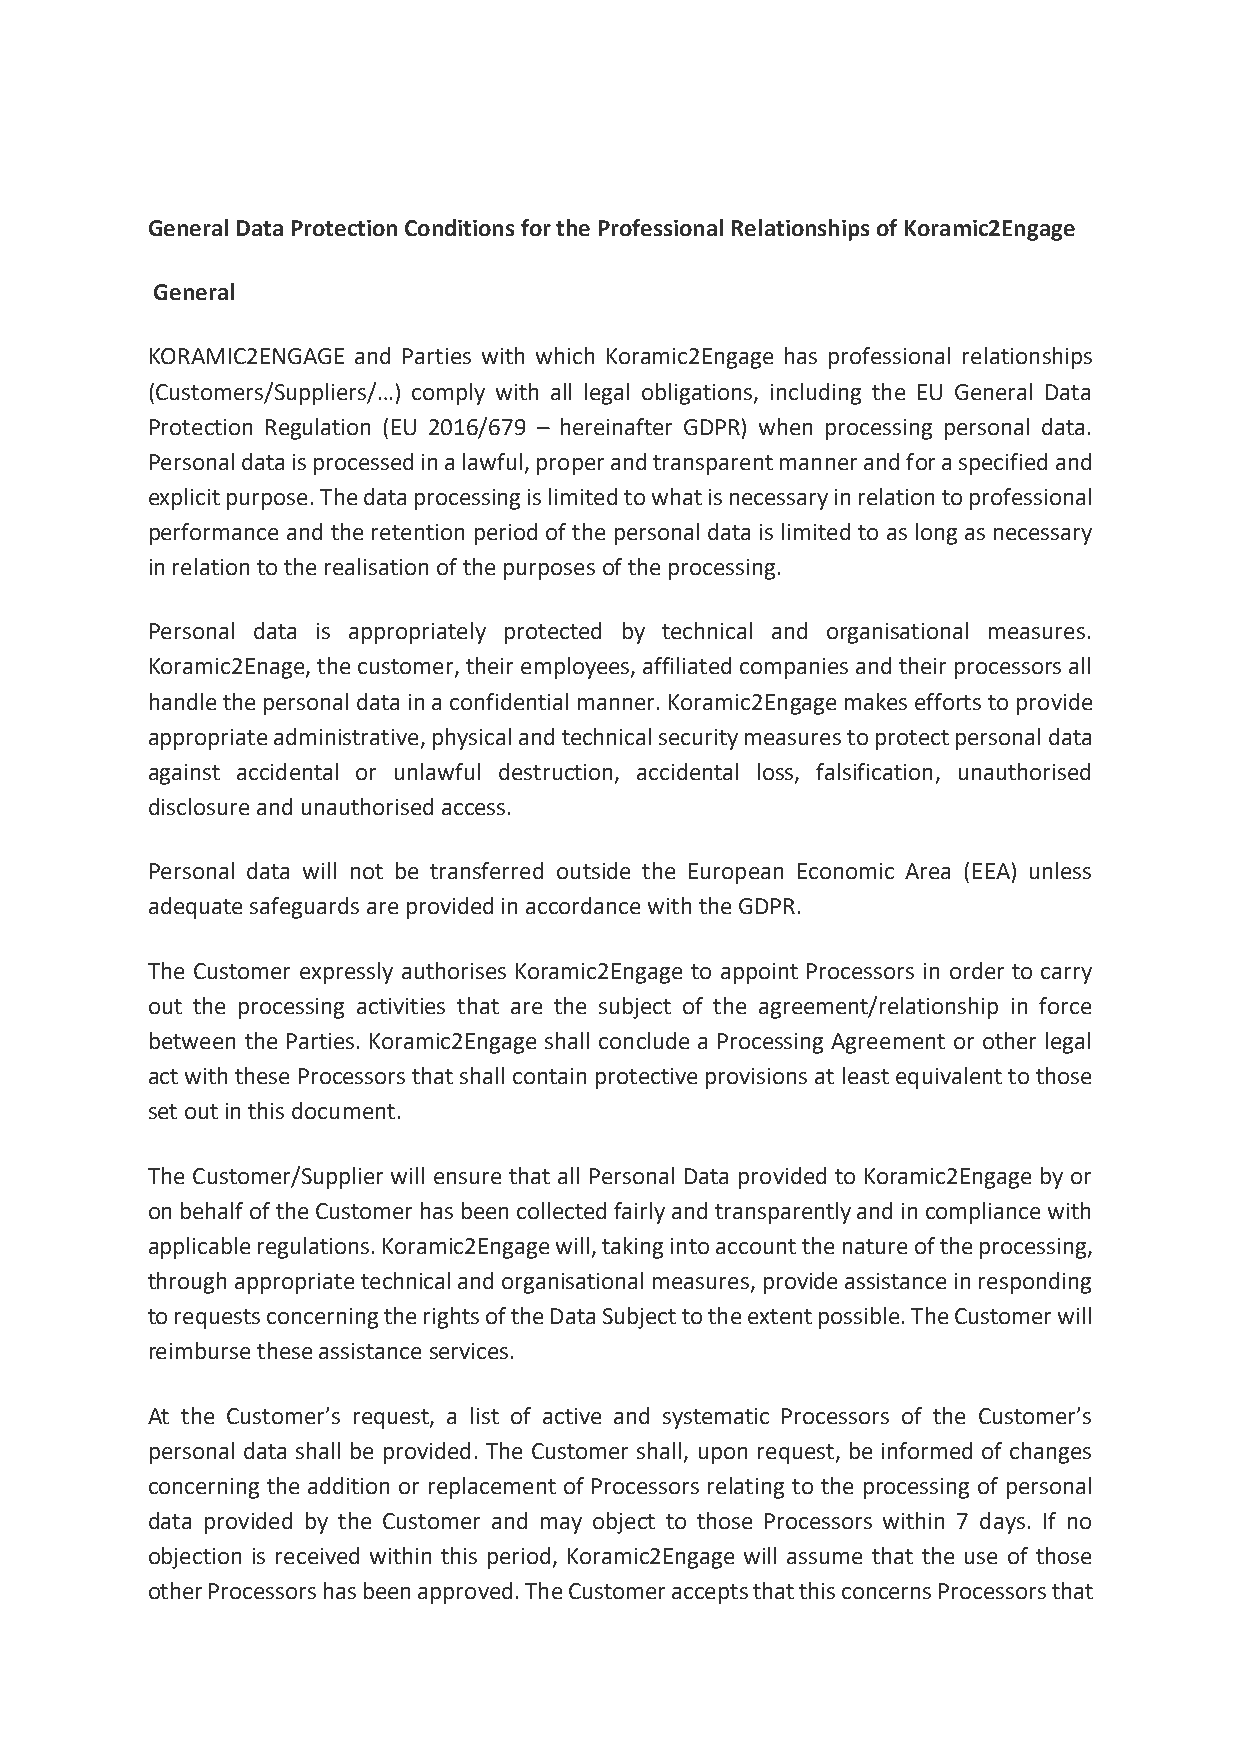
General Data Protection Conditions for the Professional Relationships of Koramic2Engage
 General
 KORAMIC2ENGAGE and Parties with which Koramic2Engage has professional relationships
 (Customers/Suppliers/…) comply with all legal obligations, including the EU General Data
 Protection Regulation (EU 2016/679 – hereinafter GDPR) when processing personal data.
 Personal data is processed in a lawful, proper and transparent manner and for a specified and
 explicit purpose. The data processing is limited to what is necessary in relation to professional
 performance and the retention period of the personal data is limited to as long as necessary
 in relation to the realisation of the purposes of the processing.
 Personal data is appropriately protected by technical and organisational measures.
 Koramic2Enage, the customer, their employees, affiliated companies and their processors all
 handle the personal data in a confidential manner. Koramic2Engage makes efforts to provide
 appropriate administrative, physical and technical security measures to protect personal data
 against accidental or unlawful destruction, accidental loss, falsification, unauthorised
 disclosure and unauthorised access.
 Personal data will not be transferred outside the European Economic Area (EEA) unless
 adequate safeguards are provided in accordance with the GDPR.
 The Customer expressly authorises Koramic2Engage to appoint Processors in order to carry
 out the processing activities that are the subject of the agreement/relationship in force
 between the Parties. Koramic2Engage shall conclude a Processing Agreement or other legal
 act with these Processors that shall contain protective provisions at least equivalent to those
 set out in this document.
 The Customer/Supplier will ensure that all Personal Data provided to Koramic2Engage by or
 on behalf of the Customer has been collected fairly and transparently and in compliance with
 applicable regulations. Koramic2Engage will, taking into account the nature of the processing,
 through appropriate technical and organisational measures, provide assistance in responding
 to requests concerning the rights of the Data Subject to the extent possible. The Customer will
 reimburse these assistance services.
 At the Customer’s request, a list of active and systematic Processors of the Customer’s
 personal data shall be provided. The Customer shall, upon request, be informed of changes
 concerning the addition or replacement of Processors relating to the processing of personal
 data provided by the Customer and may object to those Processors within 7 days. If no
 objection is received within this period, Koramic2Engage will assume that the use of those
 other Processors has been approved. The Customer accepts that this concerns Processors that